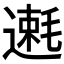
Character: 𫐿